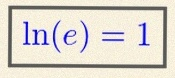
\ln(e)=1